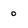
Character: 0